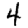
Digit: 4